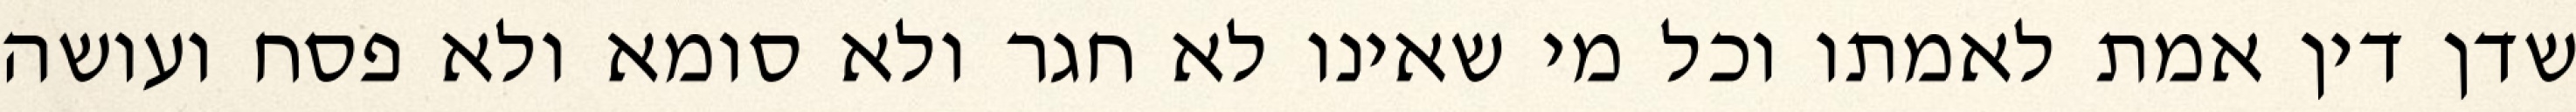
שדן דין אמת לאמתו וכל מי שאינו לא חגר ולא סומא ולא פסח ועושה